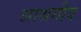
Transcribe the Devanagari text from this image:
आश्रमीय